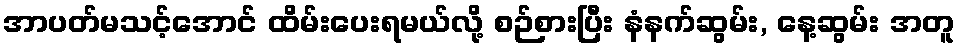
အာပတ်မသင့်အောင် ထိမ်းပေးရမယ်လို့ စဉ်စားပြီး နံနက်ဆွမ်း, နေ့ဆွမ်း အတူ